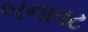
બનાવટ